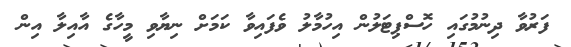
ފަރުވާ ދިނުމުގައި ހޮސްޕިޓަލުން އިހުމާލު ވެފައިވާ ކަމަށް ނިޔާވި މީހާގެ އާއިލާ އިން